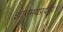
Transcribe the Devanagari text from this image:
ज्ञानमयप्रदीपः।।